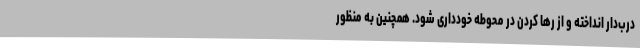
درب‌دار انداخته و از رها کردن در محوطه خودداری شود. همچنین به منظور